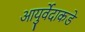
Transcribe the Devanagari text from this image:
आयुर्वेदाकडे